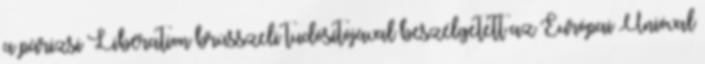
a párizsi Libération brüsszeli tudósítójával beszélgetett az Európai Unióval